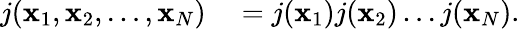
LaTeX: \begin{array}{rl}{j(\mathbf{x}_{1},\mathbf{x}_{2},\ldots,\mathbf{x}_{N})}&{{}=j(\mathbf{x}_{1})j(\mathbf{x}_{2})\ldots{}j(\mathbf{x}_{N}).}\end{array}